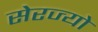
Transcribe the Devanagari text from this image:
सेरज्यो